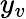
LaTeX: y_{v}